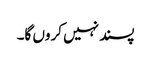
پسند نہیں کروں گا۔